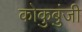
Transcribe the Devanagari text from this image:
कोकुबुंजी